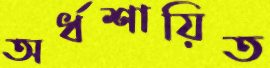
অর্ধশায়িত